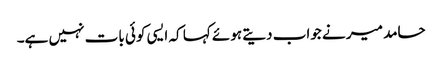
حامد میر نے جواب دیتے ہوئے کہا کہ ایسی کوئی بات نہیں ہے۔